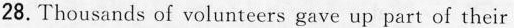
28.Thousands of volunteers gave up part of their